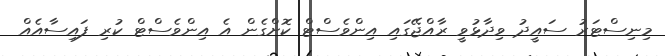
މިނިސްޓަރު ސައީދު ވިދާޅުވީ ރާއްޖޭގައި އިންވެސްޓް ކޮށްގެން އެ އިންވެސްޓް ކުރި ފައިސާއެއް